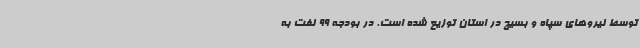
توسط نیروهای سپاه و بسیج در استان توزیع شده است. در بودجه 99 نفت به